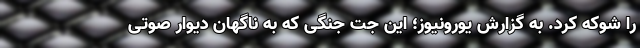
را شوکه کرد. به گزارش یورونیوز؛ این جت جنگی که به ناگهان دیوار صوتی